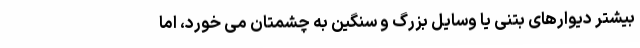
بیشتر دیوارهای بتنی یا وسایل بزرگ و سنگین به چشمتان می خورد، اما